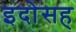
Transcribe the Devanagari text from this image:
इदोसह